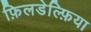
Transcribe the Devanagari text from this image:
फ़िलडेल्फ़िया